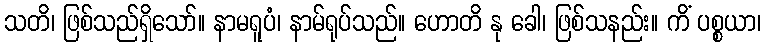
သတိ၊ ဖြစ်သည်ရှိသော်။ နာမရူပံ၊ နာမ်ရုပ်သည်။ ဟောတိ နု ခေါ၊ ဖြစ်သနည်း။ ကိံ ပစ္စယာ၊